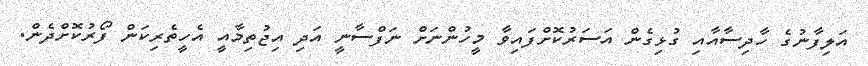
އަލިފާނުގެ ހާދިސާއާއި ގުޅިގެން އަސަރުކޮށްފައިވާ މީހުންނަށް ނަފްސާނީ އަދި އިޖުތިމާއީ އެހީތެރިކަން ފޯރުކޮށްދެން.